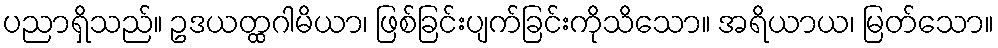
ပညာရှိသည်။ ဥဒယတ္ထဂါမိယာ၊ ဖြစ်ခြင်းပျက်ခြင်းကိုသိသော။ အရိယာယ၊ မြတ်သော။